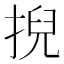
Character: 掜